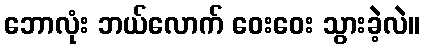
ဘောလုံး ဘယ်လောက် ဝေးဝေး သွားခဲ့လဲ။